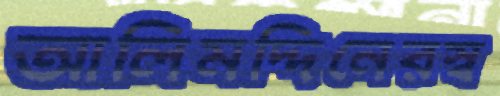
আলিমদ্দিনেরস্ব